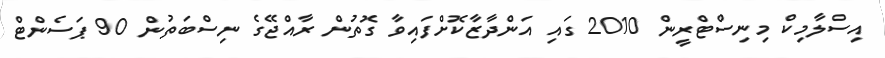
އިސްލާމިކް މިނިސްޓްރީން 2010 ގައި އަންދާޒާކޮށްފައިވާ ގޮތުން ރާއްޖޭގެ ނިސްބަތުން 90 ޕަސެންޓް